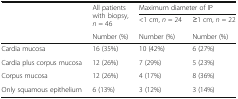
<table><thead><tr><td rowspan="3"></td><td rowspan="2"><b>All patients with biopsy, <i>n</i> = 46</b></td><td colspan="2"><b>Maximum diameter of IP</b></td></tr><tr><td><b>&lt;1 cm, <i>n</i> = 24</b></td><td><b>≥1 cm, <i>n</i> = 22</b></td></tr><tr><td><b>Number (%)</b></td><td><b>Number (%)</b></td><td><b>Number (%)</b></td></tr></thead><tbody><tr><td>Cardia mucosa</td><td>16 (35%)</td><td>10 (42%)</td><td>6 (27%)</td></tr><tr><td>Cardia plus corpus mucosa</td><td>12 (26%)</td><td>7 (29%)</td><td>5 (23%)</td></tr><tr><td>Corpus mucosa</td><td>12 (26%)</td><td>4 (17%)</td><td>8 (36%)</td></tr><tr><td>Only squamous epithelium</td><td>6 (13%)</td><td>3 (12%)</td><td>3 (14%)</td></tr></tbody></table>